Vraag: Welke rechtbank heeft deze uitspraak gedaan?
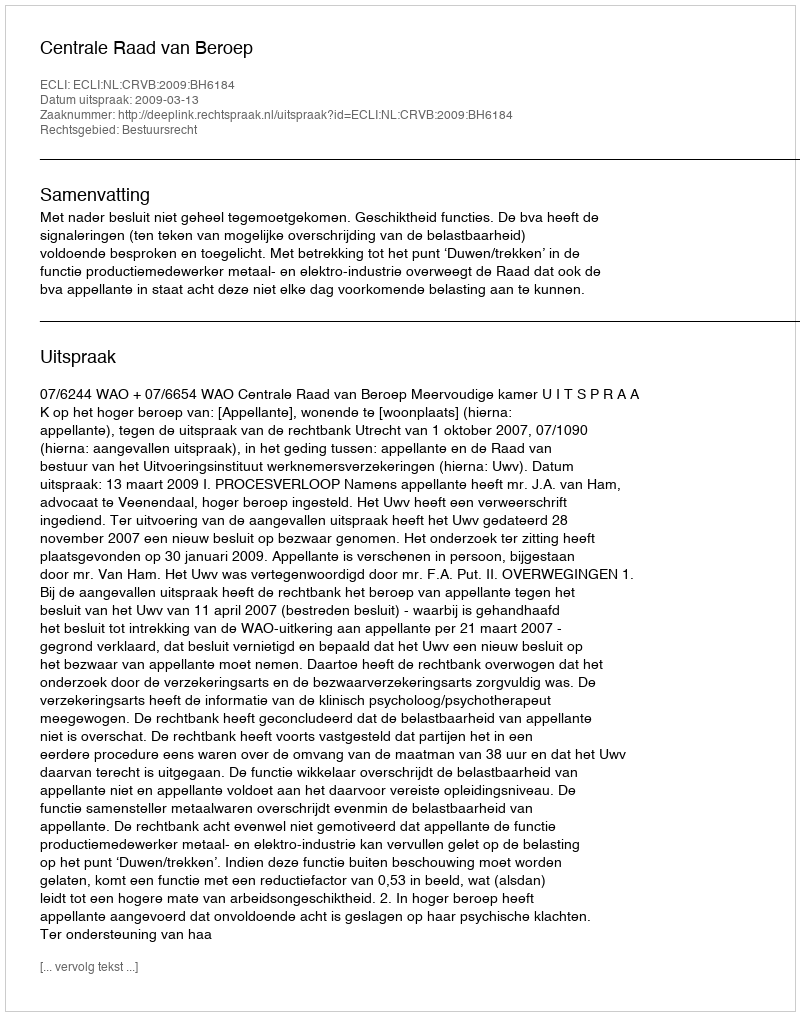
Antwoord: Centrale Raad van Beroep